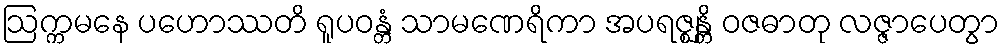
ဩက္ကမနေ ပဟောဿတိ ရူပဝန္တံ သာမဏေရိကာ အပရဇ္ဈန္တိ ဝဇဓာတု လဇ္ဇာပေတွာ